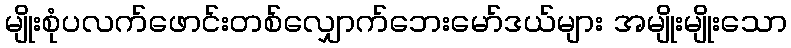
မျိုးစုံပလက်ဖောင်းတစ်လျှောက်ဘေးမော်ဒယ်များ အမျိုးမျိုးသော